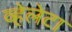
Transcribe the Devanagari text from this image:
व्हेलेटा